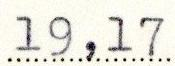
19,17